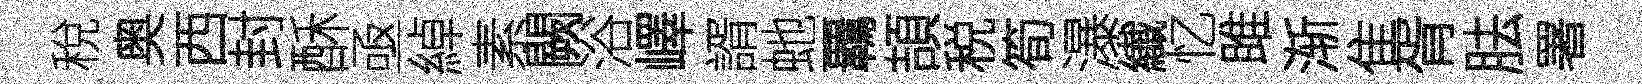
稅奥西封酥亟綽素闕浴嶧諝虵覊頡税筍瀑纎忆雎渐隹胥胠署